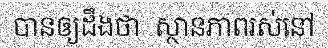
បានឲ្យដឹងថា  ស្ថានភាពរស់នៅ